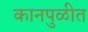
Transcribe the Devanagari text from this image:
कानपुळीत